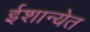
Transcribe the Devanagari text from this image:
ईशान्येत